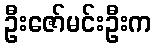
ဦးဇော်မင်းဦးက